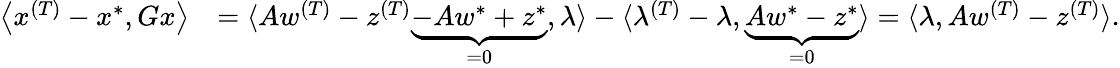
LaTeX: \begin{array}{rl}{\big\langle x^{(T)}-x^{*},Gx\big\rangle}&{=\langle Aw^{(T)}-z^{(T)}\underbrace{-Aw^{*}+z^{*}}_{=0},\lambda\rangle-\langle\lambda^{(T)}-\lambda,\underbrace{Aw^{*}-z^{*}}_{=0}\rangle=\langle\lambda,Aw^{(T)}-z^{(T)}\rangle.}\end{array}